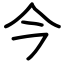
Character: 今